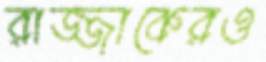
রাজ্জাকেরও